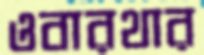
ওবারথার